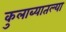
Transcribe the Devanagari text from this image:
कुलाब्यातल्या